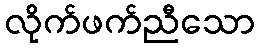
လိုက်ဖက်ညီသော